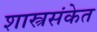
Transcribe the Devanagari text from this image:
शास्त्रसंकेत